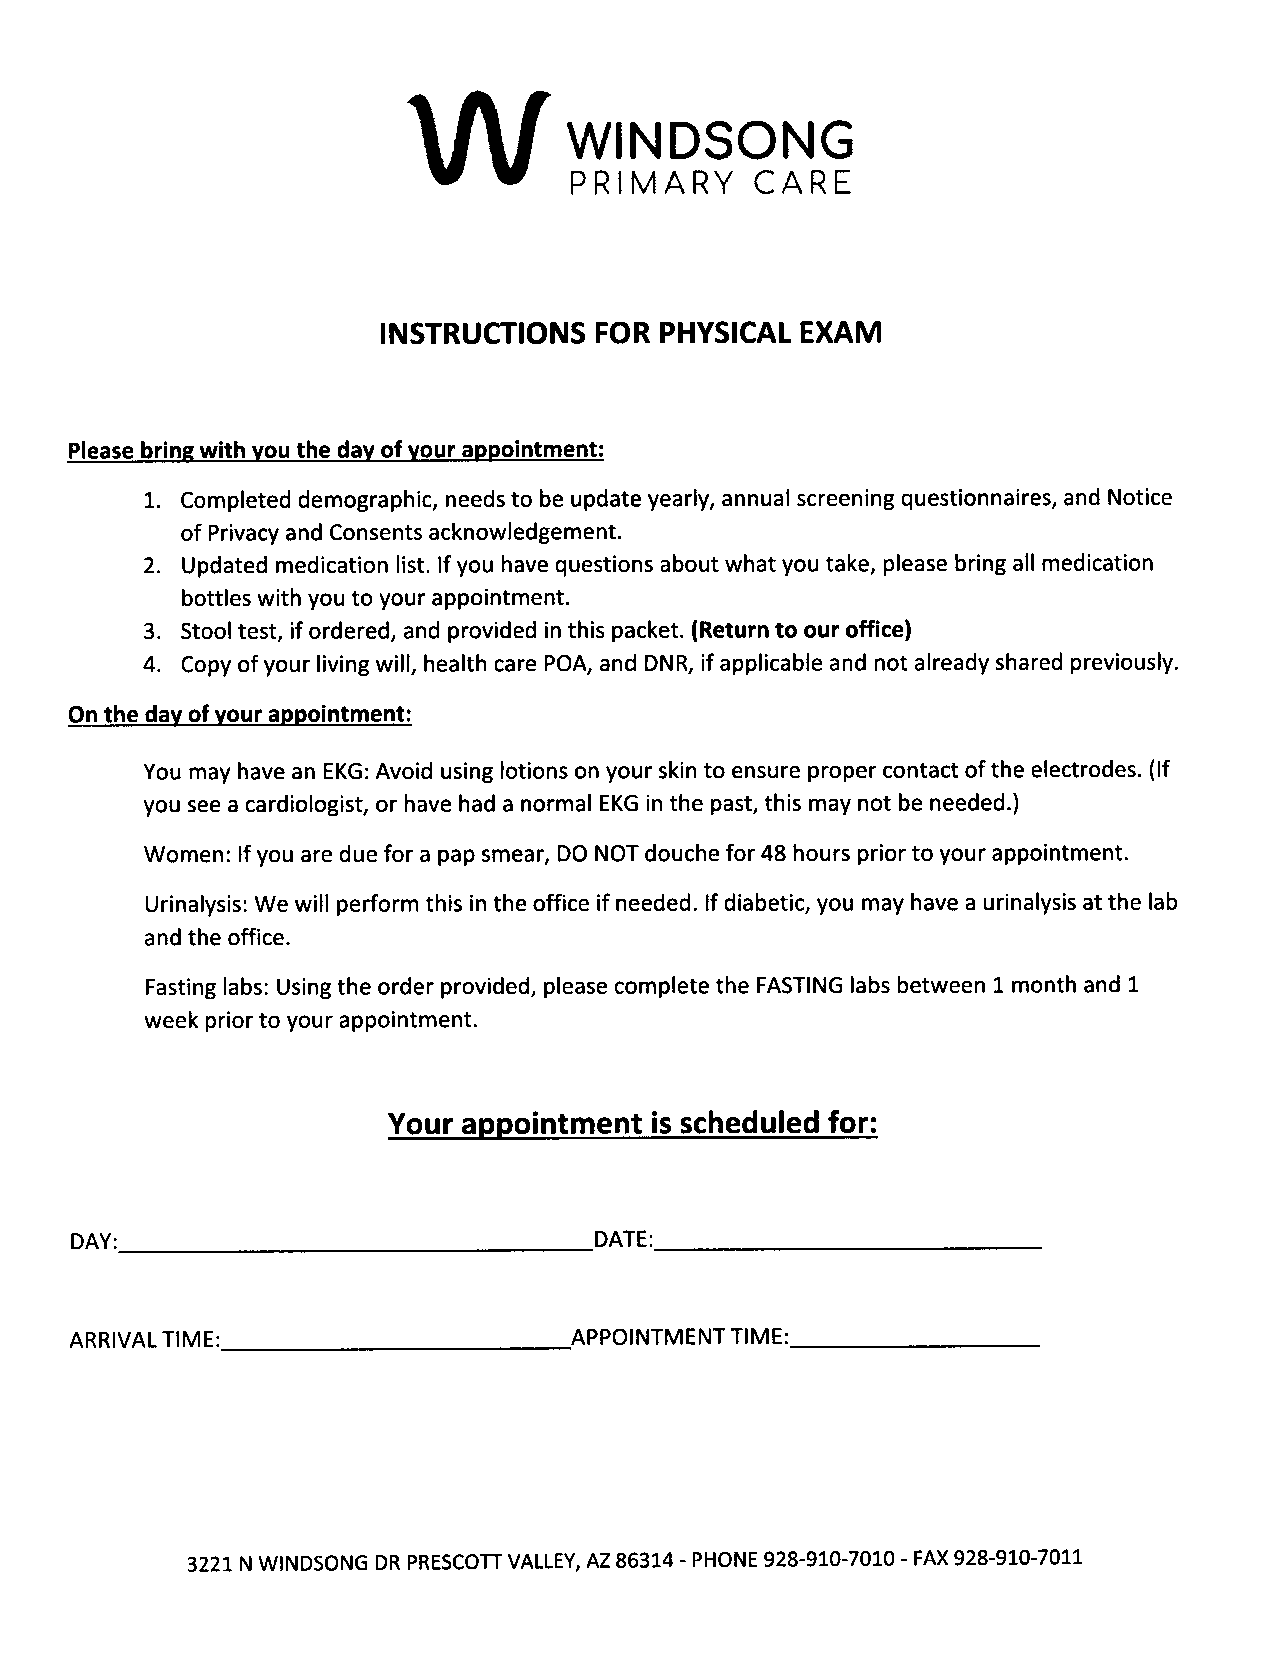
VV
 WINDSONG
 PRIMARY     CARE
 INSTRUCTIONS  FOR PHYSICAL  EXAM
 Please bring with you the dav of Your aDDointment:
 1. Completed demographic, needs to be update yearly, annual screening questionnaires, and Notice
 of Privaey and Consents acknowledgement.
 2. Updated medication list. If you have questions about what you take, please bring all medication
 bottles with you to your appointment.
 3. Stool test, if ordered, and provided in this packet. (Return to our office)
 4. Copy of your living will, health care POA, and DNR, if applicable and not already shared previously.
 On the day of Your appointment:
 You may have an EKG: Avoid using lotions on your skin to ensure proper contact of the electrodes. (lf
 you see a cardiologist, or have had a normal EKG in the past, this may not be needed.)
 Women: lf you are due for a pap smear, DO NOT douche for 48 hours prior to your appointment.
 Urinalysis: We will perform this in the office if needed. If diabetic, you may have a urinalysis at the lab
 and the office.
 Fasting labs: Using the order provided, please complete the FASTING labs between 1 month and 1
 week prior to your appointment.
 Your aDDointment is scheduled for:
 DAY:                              DATE:
 ARRIVAL TIME:                    APPOINTMENTTIME:
 3221 N WINDSONG DR PRESCOIT VALLEY, AZ 86314 -PHONE 928-910-7010 -FAX 928-910-7011